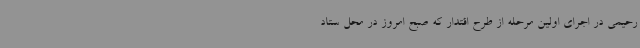
رحیمی در اجرای اولین مرحله از طرح اقتدار که صبح امروز در محل ستاد